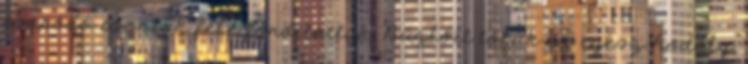
csapódó csontok felé fordították. Bűzlött tőlük az egész hodály,